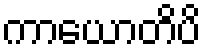
ကာယောတိပိ